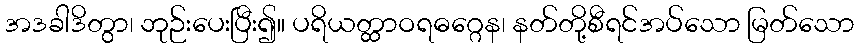
အဒခါဒိတွာ၊ ဘုဉ်းပေးပြီး၍။ ပရိယတ္ထာဝရဓဂ္ဂေန၊ နတ်တို့စီရင်အပ်သော မြတ်သော